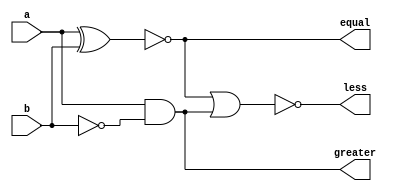
`timescale 1ns / 1ps
//////////////////////////////////////////////////////////////////////////////////
// Company: 
// Engineer: 
// 
// Design Name: 
// Module Name: cmp_one
// Project Name: 
// Target Devices: 
// Tool Versions: 
// Description: 
// 
// Dependencies: 
// 
// Revision:
// Revision 0.01 - File Created
// Additional Comments:
// 
//////////////////////////////////////////////////////////////////////////////////


module cmp_one(
    input a,
    input b,
    output greater,
    output equal,
    output less
    );
    
    wire h1, h2, h3;
    assign equal = ~(a^b);
    assign greater = a& ~b;
    xnor G1(h1, a, b);
    not  G2(h2, b);
    and  G3(h3, a, h2);
    assign less = ~(h1|h3);
endmodule